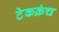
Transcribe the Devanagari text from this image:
टेकक्रंच